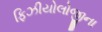
ફિઝીયોલોજીના